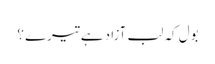
بول کہ لب آزاد ہے تیرے ؟